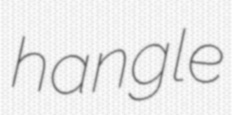
hangle